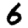
Digit: 6